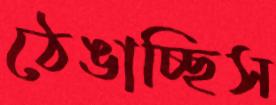
ঠেঙাচ্ছিস